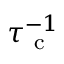
\tau _ { \mathrm { ~ c ~ } } ^ { - 1 }